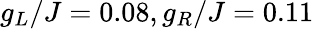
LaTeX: g_{L}/J=0.08,g_{R}/J=0.11